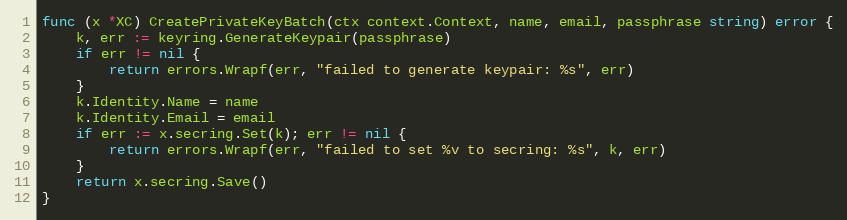
Language: Go
func (x *XC) CreatePrivateKeyBatch(ctx context.Context, name, email, passphrase string) error {
	k, err := keyring.GenerateKeypair(passphrase)
	if err != nil {
		return errors.Wrapf(err, "failed to generate keypair: %s", err)
	}
	k.Identity.Name = name
	k.Identity.Email = email
	if err := x.secring.Set(k); err != nil {
		return errors.Wrapf(err, "failed to set %v to secring: %s", k, err)
	}
	return x.secring.Save()
}